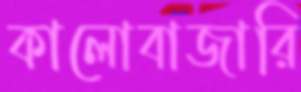
কালোবাজারি